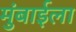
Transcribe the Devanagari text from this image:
मुंबाईला